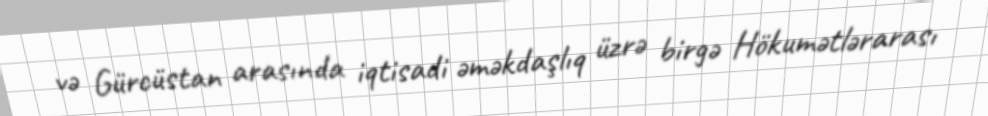
və Gürcüstan arasında iqtisadi əməkdaşlıq üzrə birgə Hökumətlərarası